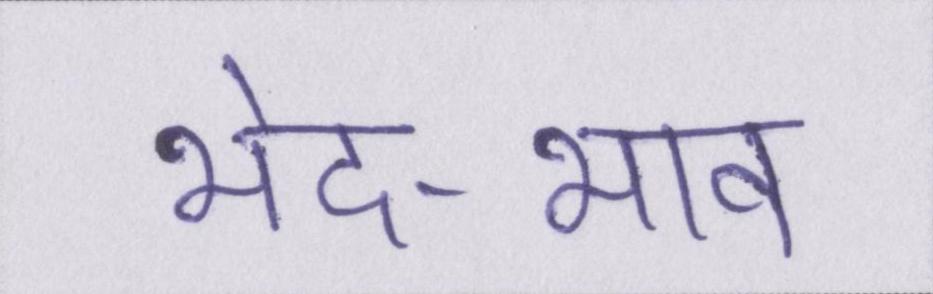
भेद-भाव